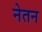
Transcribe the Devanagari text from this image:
नेतन